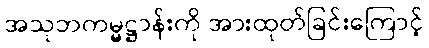
အသုဘကမ္မဋ္ဌာန်းကို အားထုတ်ခြင်းကြောင့်